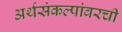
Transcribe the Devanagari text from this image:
अर्थसंकल्पांवरची